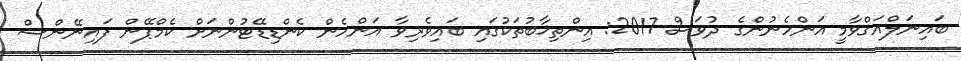
ބައިނަލްއަޤްވާމީ އަންހެނުންގެ ދުވަސް 2017: އިންތިޚާބުތަކުގައި ބައިވެރިވާ އަންހެން ކެންޑިޑޭޓުންނަށް ކެމްޕޭން ފައިނޭންސް